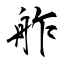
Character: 舴